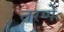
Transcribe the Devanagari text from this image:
तरणेः